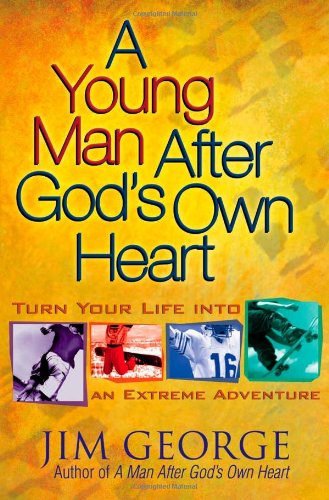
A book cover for A Young Man After God's Own Heart: Turn Your Life into an Extreme Adventure; Jim George; Christian Books & Bibles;